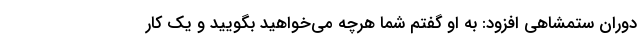
دوران ستمشاهی افزود: به او گفتم شما هرچه می‌خواهید بگویید و یک کار